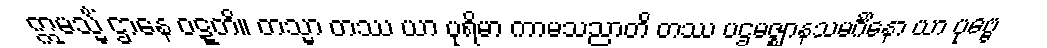
ဣမသ္မိံ ဌာနေ ဝဋ္ဋတိ။ တသ္မာ တဿ ယာ ပုရိမာ ကာမသညာတိ တဿ ပဌမဇ္ဈာနသမင်္ဂိနော ယာ ပုဗ္ဗေ